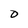
Character: O